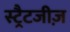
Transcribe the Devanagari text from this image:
स्ट्रैटजीज़